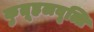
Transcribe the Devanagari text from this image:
कुतूहलवृत्ति